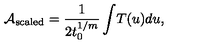
{ \cal A } _ { \mathrm { s c a l e d } } = { \frac { 1 } { 2 t _ { 0 } ^ { 1 / m } } } \int \! T ( u ) d u ,